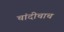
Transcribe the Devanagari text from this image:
चांदीचाच